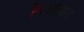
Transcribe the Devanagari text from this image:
तिओमान